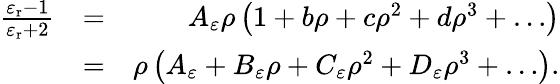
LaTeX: \begin{array}{rlr}{\frac{\varepsilon_{\mathrm{r}}-1}{\varepsilon_{\mathrm{r}}+2}}&{=}&{A_{\varepsilon}\rho\left(1+b\rho+c\rho^{2}+d\rho^{3}+\ldots\right)}\\ &{=}&{\rho\left(A_{\varepsilon}+B_{\varepsilon}\rho+C_{\varepsilon}\rho^{2}+D_{\varepsilon}\rho^{3}+\ldots\right).}\end{array}